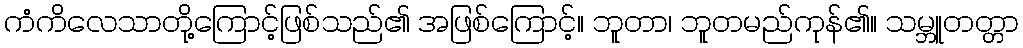
ကံကိလေသာတို့ကြောင့်ဖြစ်သည်၏ အဖြစ်ကြောင့်။ ဘူတာ၊ ဘူတမည်ကုန်၏။ သမ္ဘူတတ္တာ